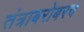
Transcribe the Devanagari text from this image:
तंत्राबरोबरच